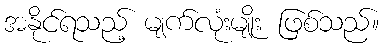
အနိုင်ရသည့် မျက်လုံးမျိုး ဖြစ်သည်။